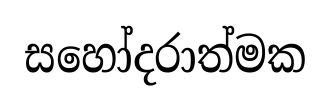
සහෝදරාත්මක